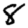
Digit: 8